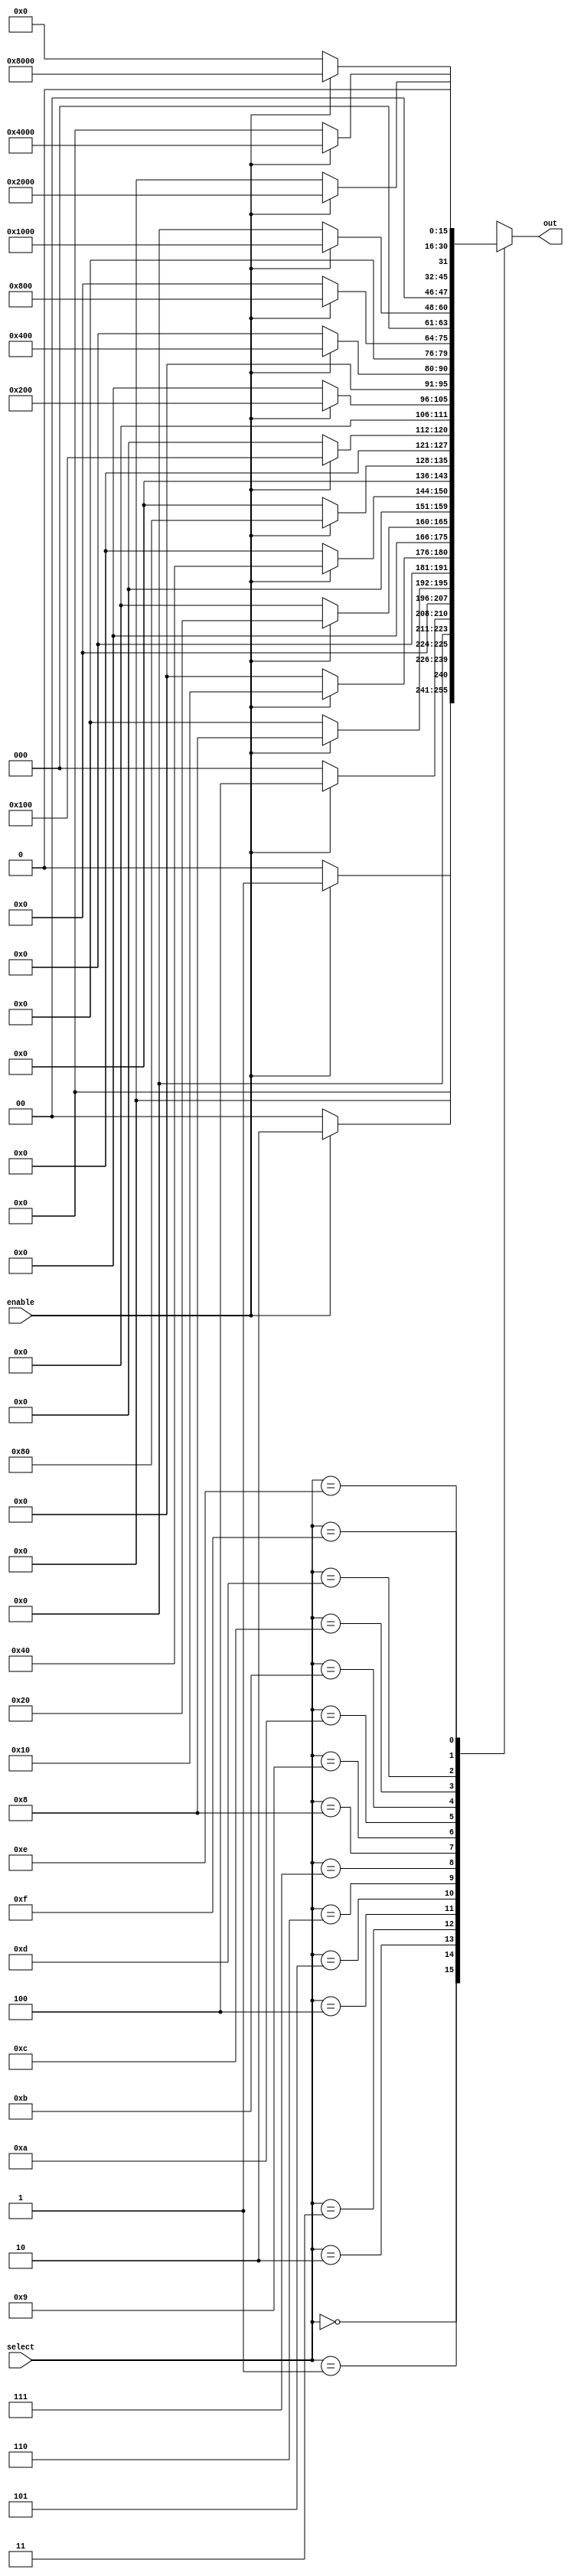
module Enable_select(enable, select, out);
    input [3:0] select; // 4-bit select signal
    input enable;
    output [15:0] out;
    reg [15:0] reg_out;

    initial  begin
        reg_out[15:0] = 16'd0;
    end

    always @ (*)
    begin
        case (select[3:0])
            4'd0: reg_out[15:0] <= enable ? 16'b0000_0000_0000_0001 : 16'd0; //the 0th output line
            4'd1: reg_out[15:0] <= enable ? 16'b0000_0000_0000_0010 : 16'd0; //the 1th output line
            4'd2: reg_out[15:0] <= enable ? 16'b0000_0000_0000_0100 : 16'd0; //the 2th output line
            4'd3: reg_out[15:0] <= enable ? 16'b0000_0000_0000_1000 : 16'd0; //the 3th output line
            4'd4: reg_out[15:0] <= enable ? 16'b0000_0000_0001_0000 : 16'd0; //the 4th output line
            4'd5: reg_out[15:0] <= enable ? 16'b0000_0000_0010_0000 : 16'd0; //the 5th output line
            4'd6: reg_out[15:0] <= enable ? 16'b0000_0000_0100_0000 : 16'd0; //the 6th output line
            4'd7: reg_out[15:0] <= enable ? 16'b0000_0000_1000_0000 : 16'd0; //the 7th output line
            4'd8: reg_out[15:0] <= enable ? 16'b0000_0001_0000_0000 : 16'd0; //the 8th output line
            4'd9: reg_out[15:0] <= enable ? 16'b0000_0010_0000_0000 : 16'd0; //the 9th output line
            4'd10: reg_out[15:0] <= enable ? 16'b0000_0100_0000_0000 : 16'd0; //the 10th output line
            4'd11: reg_out[15:0] <= enable ? 16'b0000_1000_0000_0000 : 16'd0; //the 11th output line
            4'd12: reg_out[15:0] <= enable ? 16'b0001_0000_0000_0000 : 16'd0; //the 12th output line
            4'd13: reg_out[15:0] <= enable ? 16'b0010_0000_0000_0000 : 16'd0; //the 13th output line
            4'd14: reg_out[15:0] <= enable ? 16'b0100_0000_0000_0000 : 16'd0; //the 14th output line
            4'd15: reg_out[15:0] <= enable ? 16'b1000_0000_0000_0000 : 16'd0; //the 15th output line
            //no need default since having discussed all possibilities
       endcase
    end
	 
    assign out[15:0] = reg_out[15:0];
    
endmodule